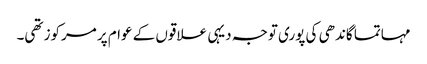
مہاتما گاندھی کی پوری توجہ دیہی علاقوں کے عوام پر مرکوز تھی۔